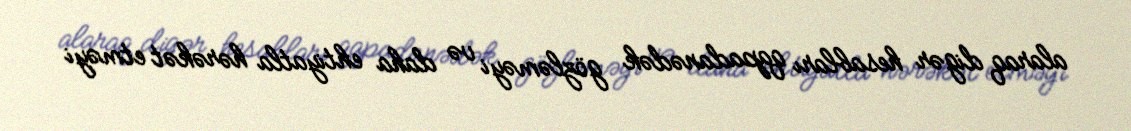
alaraq digər hesabları qapadanədək gözləməyi və daha ehtiyatla hərəkət etməyi